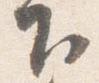
下